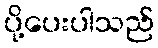
ပို့ပေးပါသည်